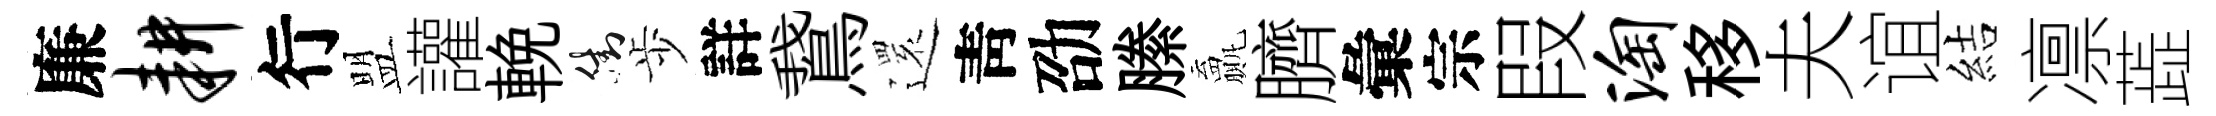
廉耕行盟讙輓街歩詳鵞𮟃靑劭縢贏臍彙宗叚淘移夫谊結凛蕋